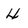
Character: 4